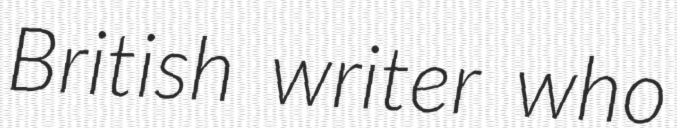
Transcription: British writer who